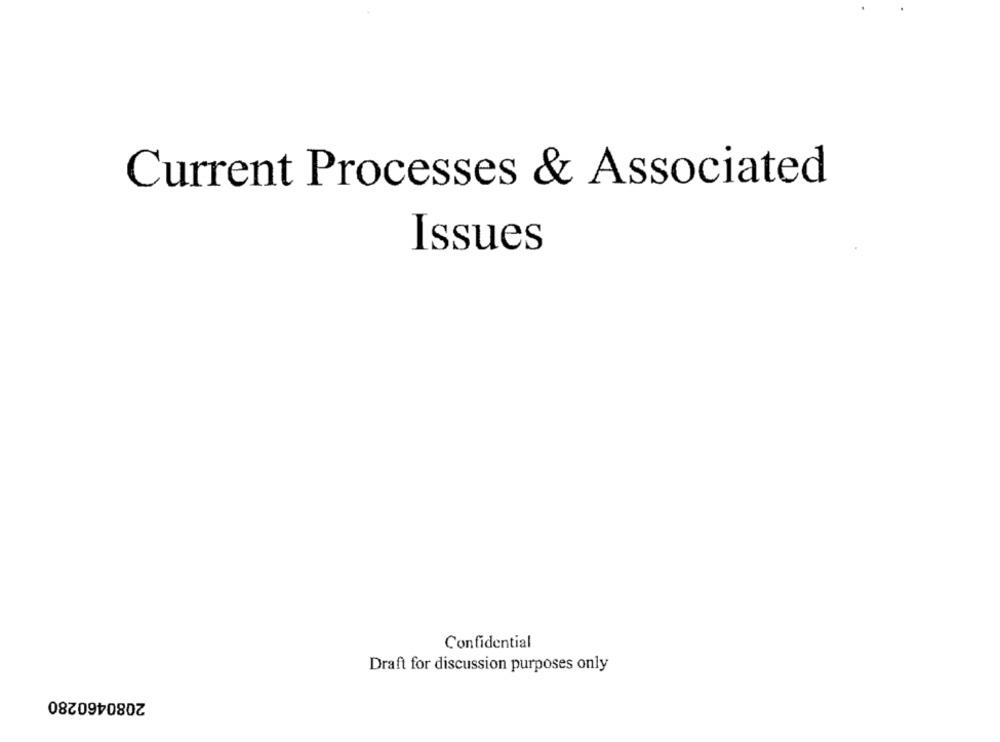
Current Processes & Associated
Issues
Confidential
Draft for discussion purposes only
2080460280